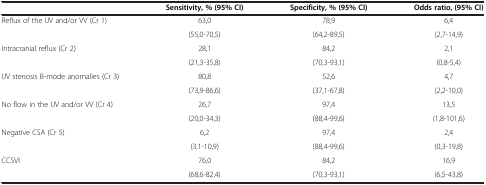
<table><thead><tr><td><b> </b></td><td><b>Sensitivity, % (95% CI)</b></td><td><b>Specificity, % (95% CI)</b></td><td><b>Odds ratio, (95% CI)</b></td></tr></thead><tbody><tr><td rowspan="2">Reflux of the IJV and/or VV (Cr 1)</td><td>63,0</td><td>78,9</td><td>6,4</td></tr><tr><td>(55,0-70,5)</td><td>(64,2-89,5)</td><td>(2,7-14,9)</td></tr><tr><td rowspan="2">Intracranial reflux (Cr 2)</td><td>28,1</td><td>84,2</td><td>2,1</td></tr><tr><td>(21,3-35,8)</td><td>(70,3-93,1)</td><td>(0,8-5,4)</td></tr><tr><td rowspan="2">IJV stenosis B-mode anomalies (Cr 3)</td><td>80,8</td><td>52,6</td><td>4,7</td></tr><tr><td>(73,9-86,6)</td><td>(37,1-67,8)</td><td>(2,2-10,0)</td></tr><tr><td rowspan="2">No flow in the IJV and/or VV (Cr 4)</td><td>26,7</td><td>97,4</td><td>13,5</td></tr><tr><td>(20,0-34,3)</td><td>(88,4-99,6)</td><td>(1,8-101,6)</td></tr><tr><td rowspan="2">Negative CSA (Cr 5)</td><td>6,2</td><td>97,4</td><td>2,4</td></tr><tr><td>(3,1-10,9)</td><td>(88,4-99,6)</td><td>(0,3-19,8)</td></tr><tr><td>CCSVI</td><td>76,0</td><td>84,2</td><td>16,9</td></tr><tr><td> </td><td>(68,6-82,4)</td><td>(70,3-93,1)</td><td>(6,5-43,8)</td></tr></tbody></table>